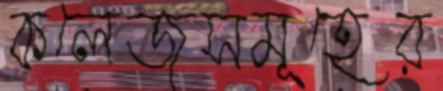
কলেজসমূহের